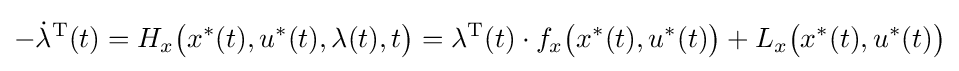
-{\dot {\lambda }}^{\rm {T}}(t)=H_{x}{\big (}x^{*}(t),u^{*}(t),\lambda (t),t{\big )}=\lambda ^{\rm {T}}(t)\cdot f_{x}{\big (}x^{*}(t),u^{*}(t){\big )}+L_{x}{\big (}x^{*}(t),u^{*}(t){\big )}